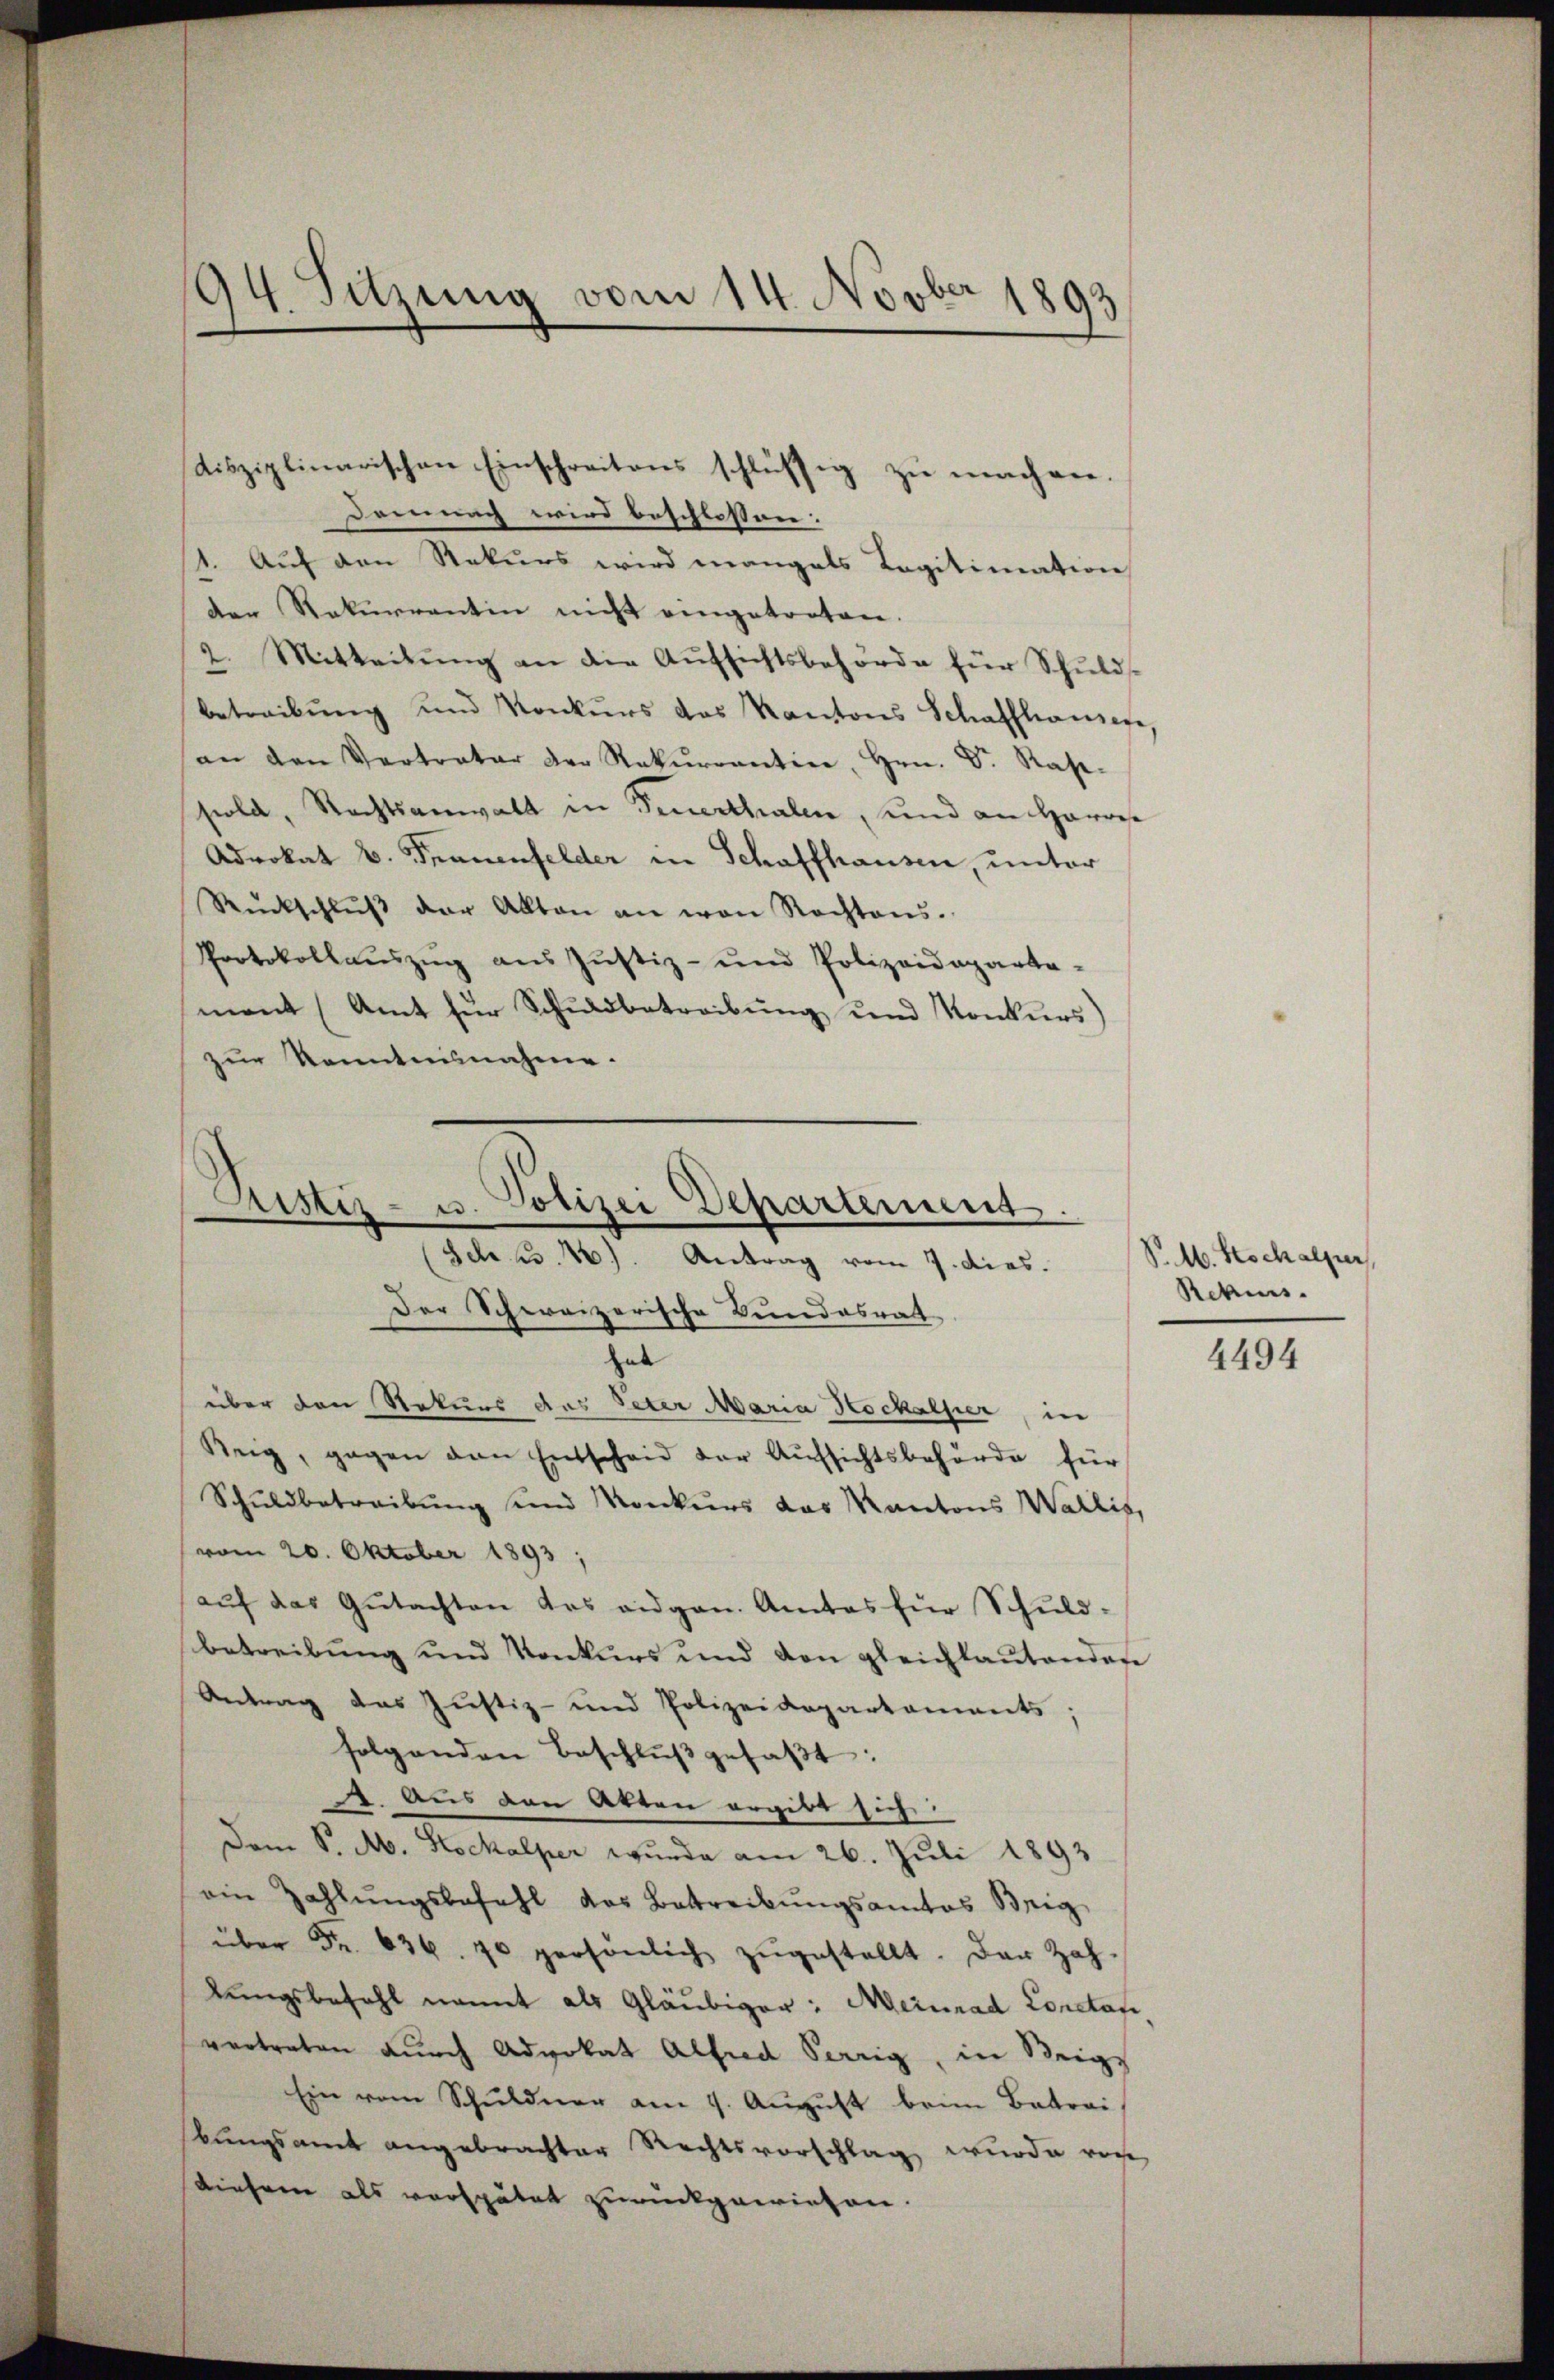
disziplinarischen Einschreitens schlüssig zu machen.
Demung wird beschlossen:
1. Auf den Rekurs wird mangals Legitimation
der Rekurrentin nicht eingetreten.
2. Mitteilung an die Aufsichtsbehörde für Schuldsbetreibŭng und Konkŭrs das Kantons Schaffhausen,
an den Vertrater der Rekurrentin, Hrn. Dr. Rasi-
sold, Rechtsanwalt in Feuerthalen, und an Harrest
Advokat v. Frauenfelder in Schaffhausen, unter
Rückschlŭβ der Akten an von Rechtens.
Protokollauszug aus Justiz- und Polizeideparta-
ment (Amt für Schuldbetreibung und Konkurs
zur Kenntennahme.

94. Sitzung vom 14. Novber 1893

Ristiz- u. Polizei Departement.
(Feh. 3. 10). Antrag vom 7. dies. S. M. Hochalper
Der Schweizerische Bundesrat

hab
über den Rekurs das Peter Maria Hockalser, in
Reig, gegen den Entscheid der Aufsichtsbehörde für
Schŭldbetreibŭng sind Konkurs das Kantons Wallis,
vom 20. Oktober 1893;
aŭf das Gŭtachten das eidgen. Amtes für Schuld-
betreibung und Konkurs und den gleichlaŭtender
Antrag das Justiz- und Polizeidepartaments;
folgenden Beschlŭβ gefaβt:
. Aus den Akten ergibt sich
Dem P. M. Stockalper wurde am 26. Juli 1893
ein Zahlungsbefehl das Betreibungsamtes Beig
über Fr. 636. 70 persönlich zŭgestellt. Der Zah-
kungsbefehl nannt als Gläubiger: Meinrad Constafe,
vertreten durch Advokat Alfred Verrig, in Steige
Ein vom Schuldner am 9. Aŭgŭst beim Betrai
bungsamt angebrachter Rechtsvorschlag wurde von
Dieser als verspätet zurückgewiesen.

Reckens.

4494